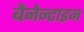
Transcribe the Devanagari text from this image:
बैनेन्टाइन